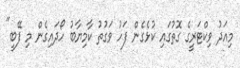
މިއަދު ވިކްޓަރީގެ ގޮތުގައި ކުޅެގެން ފަހު ވަގުތު ކާމިޔާބު ހޯދައިގެން މި ފޭބީ"